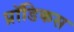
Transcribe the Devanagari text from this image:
प्रॉडिकस